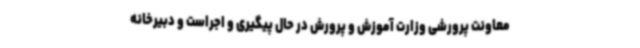
معاونت پرورشی وزارت آموزش و پرورش در حال پیگیری و اجراست و دبیرخانه